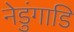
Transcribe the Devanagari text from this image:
नेडुंगाडि